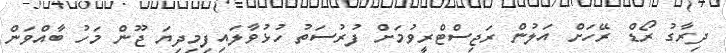
ދިރާގު ރޯޑް ރޭހަށް އަލުން ރަޖިސްޓްރީވުމަށް ފުރުސަތު ހުޅުވާލައިފިމިދިޔަ ޖޫން މަހު ބާއްވަން